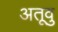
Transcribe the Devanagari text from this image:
अतूवु